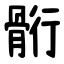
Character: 䯒